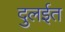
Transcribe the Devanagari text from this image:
दुलईत